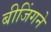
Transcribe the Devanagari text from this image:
बीजिंगने